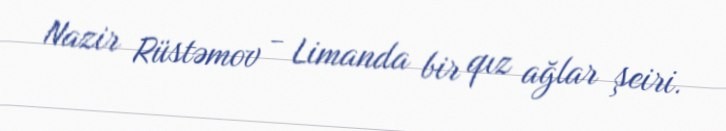
Nazir Rüstəmov - Limanda bir qız ağlar şeiri.